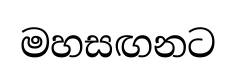
මහසඟනට